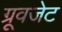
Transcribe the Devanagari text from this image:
ग्रूवजेट